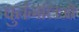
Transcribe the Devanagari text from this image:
पुर्तगलिओ